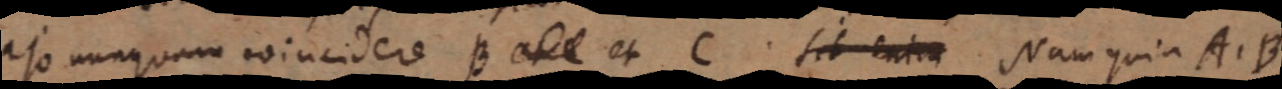
ajo nunquam coincidere B _ et C. sit ent _ Nam quia A. B